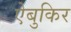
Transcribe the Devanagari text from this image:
ऐबुकिर